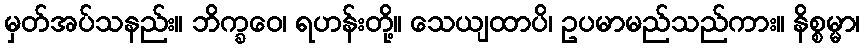
မှတ်အပ်သနည်း။ ဘိက္ခဝေ၊ ရဟန်းတို့။ သေယျထာပိ၊ ဥပမာမည်သည်ကား။ နိစ္စမ္မာ၊